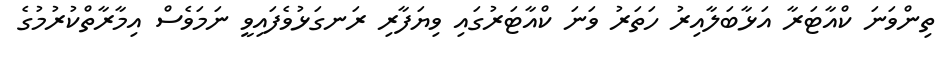
ތިންވަނަ ކްއާޓަރާ އަޅާބަލާއިރު ހަތަރު ވަނަ ކްއާޓަރުގައި ވިޔަފާރި ރަނގަޅުވެފައިވީ ނަމަވެސް އިމާރާތްކުރުމުގެ